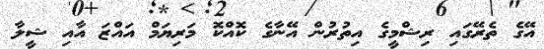
އޭގެ ތެރޭގައި ރިޝްމީގެ އިތުރުން އޭނާގެ ކޮއްކޮ މަރިޔަމް އައްޒަ އާއި ޝީލާ